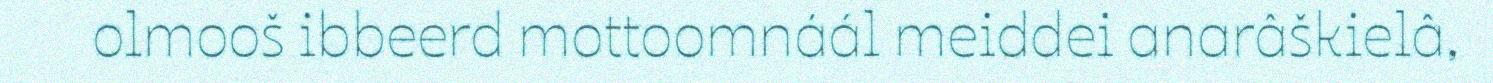
olmooš ibbeerd mottoomnáál meiddei anarâškielâ,